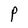
Character: P